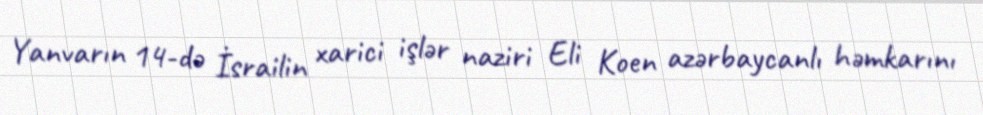
Yanvarın 14-də İsrailin xarici işlər naziri Eli Koen azərbaycanlı həmkarını